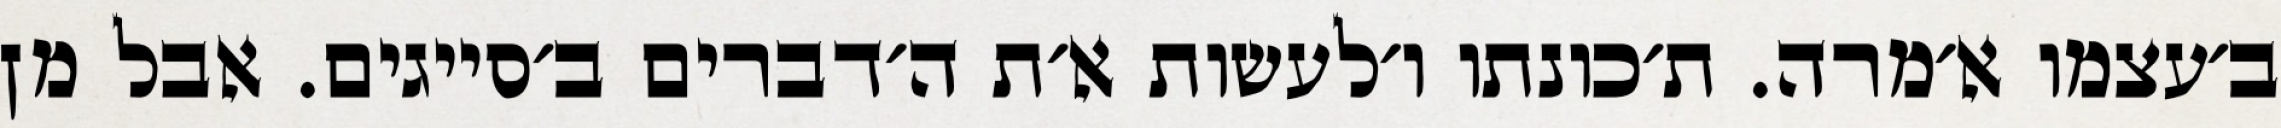
ב׳עצמו א׳מרה. ת׳כונתו ו׳לעשות א׳ת ה׳דברים ב׳סייגים. אבל מן